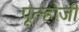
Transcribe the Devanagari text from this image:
पूल्होजी